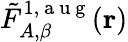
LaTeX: \tilde{F}_{A,\beta}^{1,\mathrm{~a~u~g~}}(\mathbf{r})